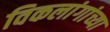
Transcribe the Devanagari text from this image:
विकलांगांच्या